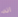
انه